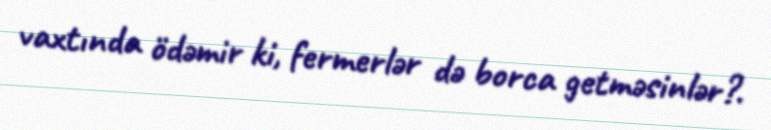
vaxtında ödəmir ki, fermerlər də borca getməsinlər?.